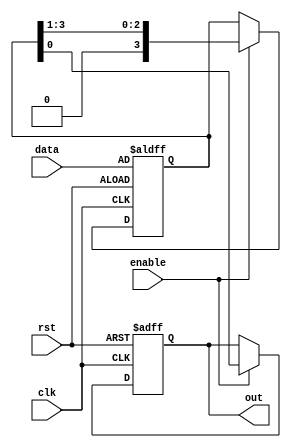
module piso(clk, enable, rst, data, out);
  input enable, clk, rst;
  input [3:0] data;
  output out;

  reg out;
  reg [3:0] memory;

  always @ (posedge clk, posedge rst) begin
    if (rst == 1'b1) begin
      out <= 1'b0;
      memory <= data;
    end
    else begin
      if (enable) begin
        out = memory[0];
        memory = memory >> 1'b1;
      end
    end
  end
endmodule